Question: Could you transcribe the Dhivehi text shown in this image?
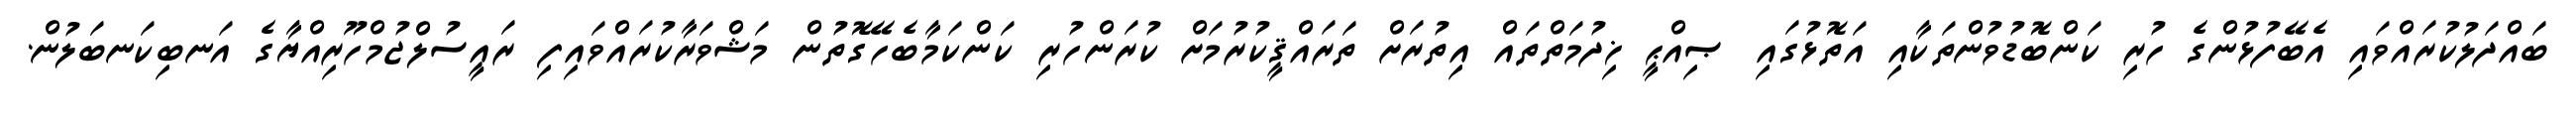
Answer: ބައްދަލުކުރައްވައި އެބޭފުޅުންގެ ހުރި ކަންބޮޑުވުންތަކާއި އަތޮޅުގައި ޞިއްޙީ ޚިދުމަތްތައް އިތުރަށް ތަރައްޤީކުރުމަށް ކުރަންހުރި ކަންކަމާބެހޭގޮތުން މަޝްވަރާކުރައްވައިފި ރައީސުލްޖުމްހޫރިއްޔާގެ އަނބިކަނބަލުން.